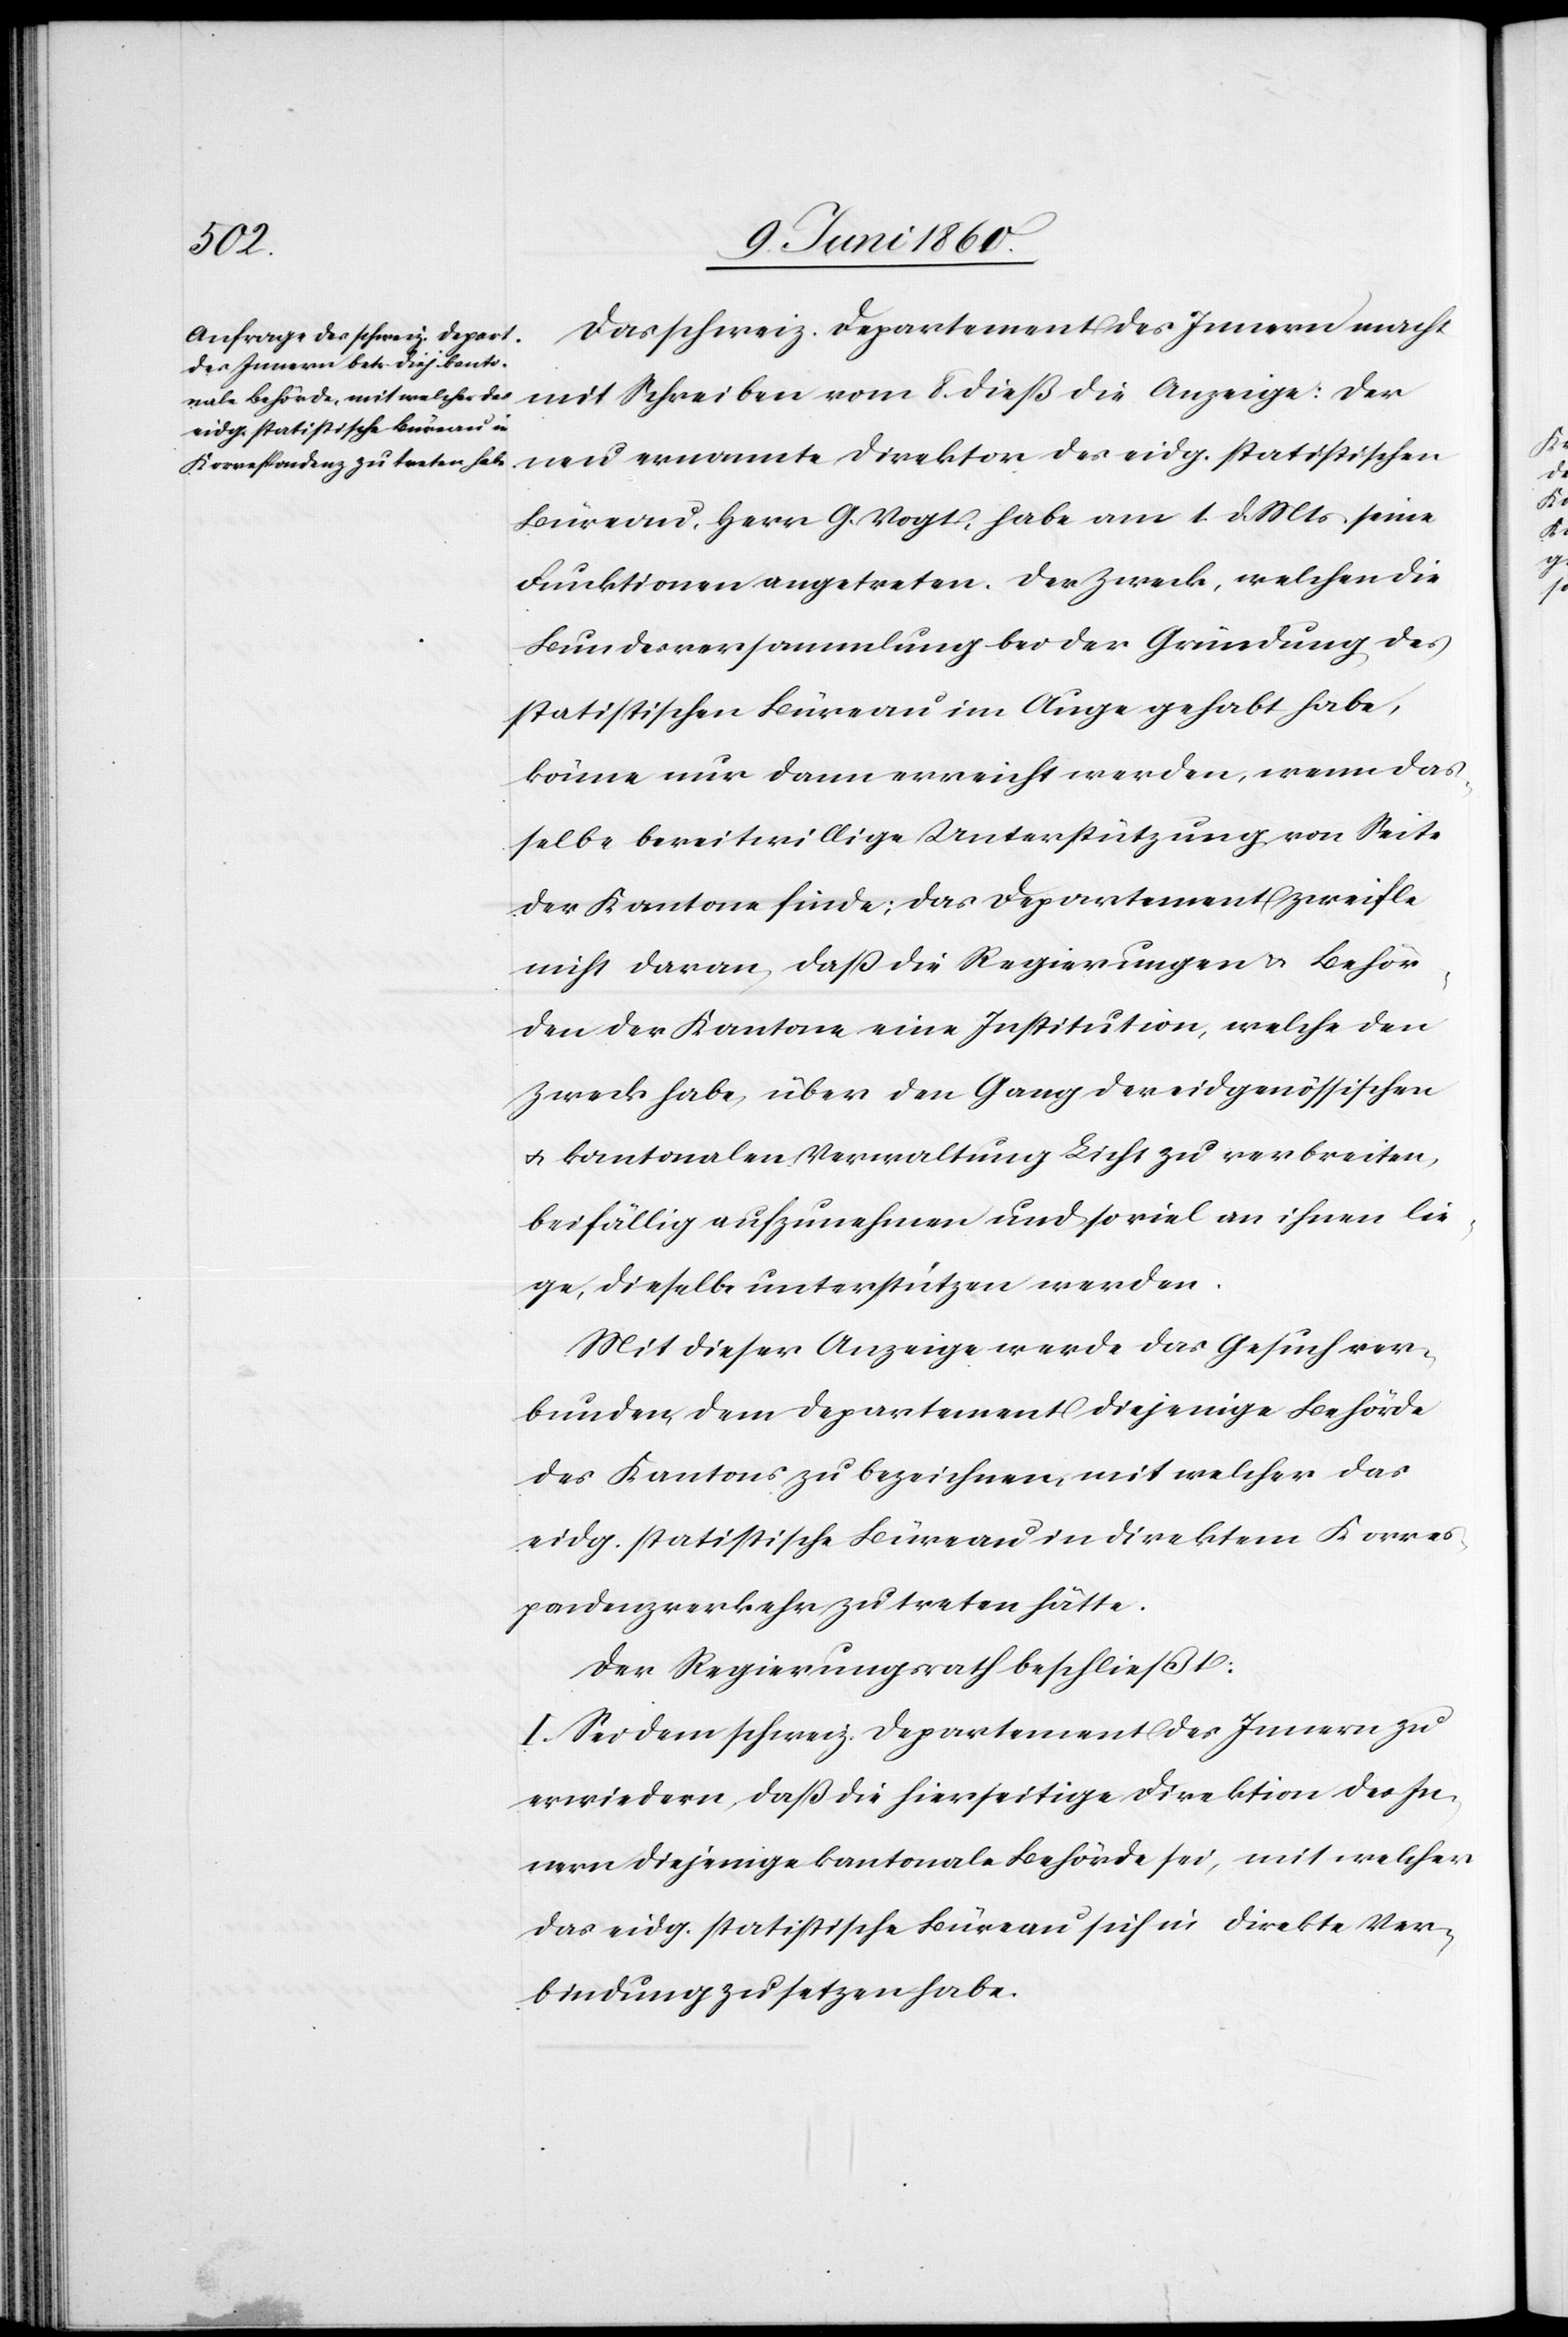
Anzeige:
Das schweiz. Departement des Innern macht
neu ernannte Direktor des eidg. statistischen
Büreau, Herr G. Vogt, habe am 1. d. Mts. seine
Funktionen angetreten. Der Zweck, welchen die
Bundesversammlung bei der Gründung des
statistischen Büreau im Auge gehabt habe,
könne nur dann erreicht werden, wenn das¬
selbe bereitwillige Unterstützung von Seite
der Kantone finde; das Departement zweifle
nicht daran, dass die Regierungen u. Behör¬
den der Kantone eine Institution, welche den
Zweck habe, über den Gang der eidgenössischen
u. kantonalen Verwaltung Licht zu verbreiten,
beifällig aufzunehmen und so viel an ihnen lie¬
ge, dieselbe unterstützen werden.
Mit dieser Anzeige werde das Gesuch ver¬
bunden, dem Departement diejenige Behörde
des Kantons zu bezeichnen, mit welcher das
eidg. statistische Büreau in direktem Korres¬
pondenzverkehr zu treten hätte.
Der Regierungsrath beschließt:
I. Sei dem schweiz. Departement des Innern zu
erwiedern, daß die hierseitige Direktion des In¬
nern diejenige kantonale Behörde sei, mit welcher
das eidg. statistische Büreau sich in direkte Ver¬
bindung zu setzen habe.